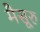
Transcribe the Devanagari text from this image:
मैसूरु